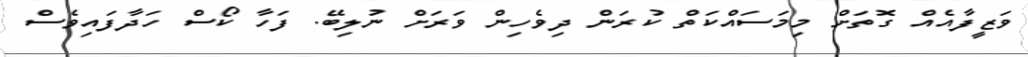
ވަޒީފާއެއް ގޮތަށް މިމަސައްކަތް ކުރަން ދިވެހިން ވަރަށް ނުލިބޭ. ފަހާ ކޯސް ހަދާފައިވެސް